Civil Veterinary Dept. Assam report 1927-50 - 1927-1950
Year: 1927
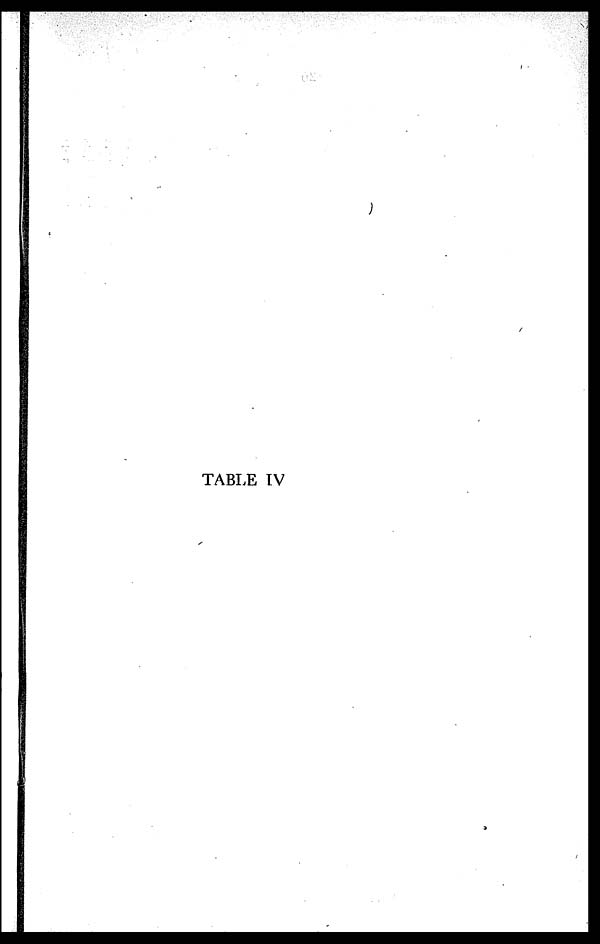
TABLE TV